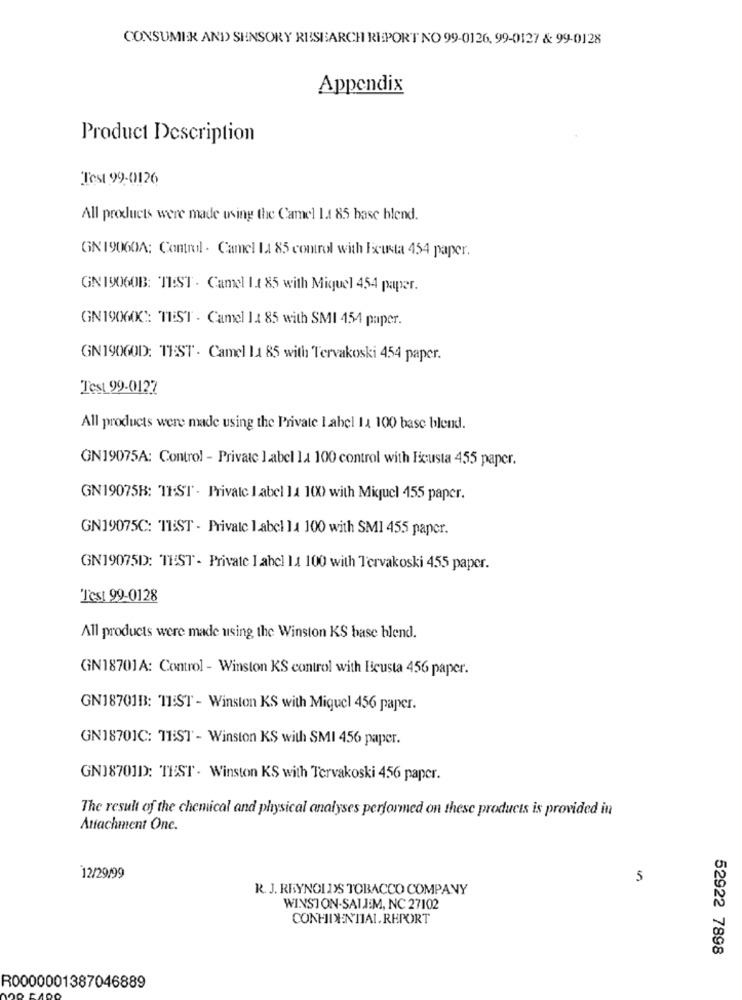
CONSUMIR AND> SENSORY RESEARCH REPORT NO 99-0126, 99-0127 & 99-0128
Appendix
Product Description
Test 99-0126
All products were made using the Camel L.1 85 hase blend.
GN 19060A: Control . Camel 1 85 control with Escusta 454 paper.
GN 19060B: 'TEST . Camel 1.1 85 with Miquel 454 paper.
GN19060C: TEST - Camel 11 85 with SMI 454 paper.
GN19060D: TEST . Camel La 85 with Tervakoski 454 paper.
Test 99-0122
All products were made using the Private Label 1 100 base blend.
GN19075A: Control - Private label la 100 control with Ficusta 455 paper.
GN19075B: THST . Private Label 14 100 with Miguel 455 paper.
GN19075C: TEST - Private label 14 100 with SMI 455 paper.
GN19075D: TEST - Private I abel 11 100 with Tervakoski 455 paper.
Test 99-0128
All products were made using the Winston KS base blend.
GN18701A: Control - Winston KS control with Ecusta 456 paper.
GN18701B: TEST - Winston KS with Miguel 456 paper.
GN18701C: TEST - Winston KS with SMI 456 paper.
GN18701D: TEST . Winston KS with Tervakoski 456 paper.
The result of the chemical and physical analyses performed on these products is provided in
Attachment One.
12/29/99
5
R. J. REYNOLDS TOBACCO COMPANY
WINSTON-SALEM, NC 27102
CONFIDENTIAL.REPORT
52922 7898
R0000001387046889